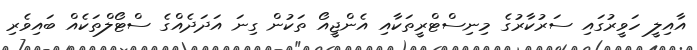
އާއިލީ ހަވީރުގައި ސަރުކާރުގެ މިނިސްޓްރީތަކާއި އެންޖީއޯ ތަކުން ގިނަ އަދަދެއްގެ ސްޓޯލްތަކެއް ބައިވެރި